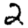
Digit: 2